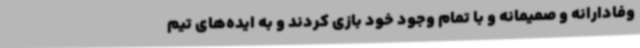
وفادارانه و صمیمانه و با تمام وجود خود بازی کردند و به ایده‌های تیم